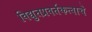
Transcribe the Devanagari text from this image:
विद्युतप्रवर्तकत्वाचे